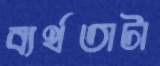
ব্যর্থতাটা